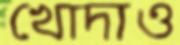
খোদাও